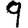
Digit: 9